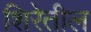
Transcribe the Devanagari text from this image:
शिरेतील